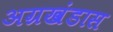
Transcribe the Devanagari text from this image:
अग्रखंडास